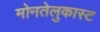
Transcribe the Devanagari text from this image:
मोनतेलुकास्ट